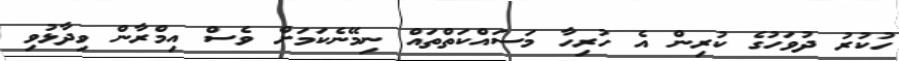
ހުކުރު ދުވަހުގެ ކުރިން އެ ހުރިހާ މަސައްކަތްތައް ނިމޭނެކަމަށް ވެސް އިމްރާން ވިދާޅުވި